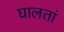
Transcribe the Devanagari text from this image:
घालतां